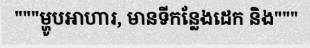
"""ម្ហូបអាហារ, មានទីកន្លែងដេក និង"""